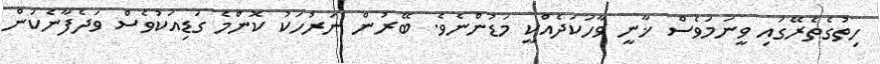
ހިތުގެތެރޭގައި ވީނަމަވެސް ޚާނީ ވާހަކަދެއްކީ މަޑުންނެވެ. ބޭރުން ނަރުހަކު ކޮންމެ ގަޑިއަކުވެސް ވަދެފާނެކަން